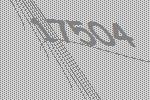
17504